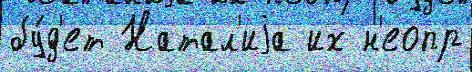
бу́д'ет Натал'иjа их н'еопр